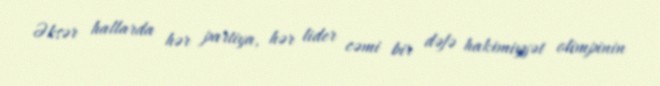
Əksər hallarda hər partiya, hər lider cəmi bir dəfə hakimiyyət olimpinin